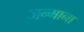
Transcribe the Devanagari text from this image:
जन्माना